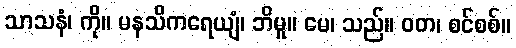
သာသနံ၊ ကို။ မနသိကရေယျံ၊ ဘိမူ။ မေ၊ သည်။ ဝတ၊ စင်စစ်။